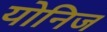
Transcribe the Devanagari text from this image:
योनिज